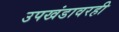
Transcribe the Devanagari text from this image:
उपखंडावरही